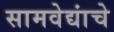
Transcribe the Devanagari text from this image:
सामवेद्यांचे